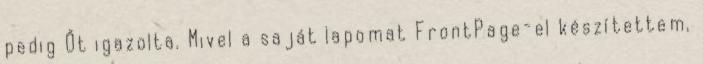
pedig Őt igazolta. Mivel a saját lapomat FrontPage-el készítettem,